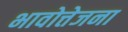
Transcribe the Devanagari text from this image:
भावोत्तेजना